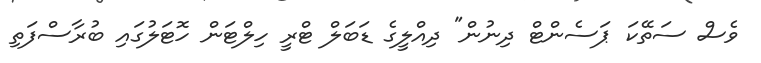
ވެސް ސަތޭކަ ޕަސެންޓް ދިނުން" ދިއްލީގެ ޑަބަލް ޓްރީ ހިލްޓަން ހޮޓަލުގައި ބުރާސްފަތި